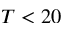
T < 2 0